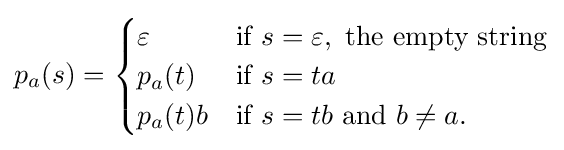
p_{a}(s)={\begin{cases}\varepsilon &{\text{if }}s=\varepsilon ,{\text{ the empty string}}\\p_{a}(t)&{\text{if }}s=ta\\p_{a}(t)b&{\text{if }}s=tb{\text{ and }}b\neq a.\end{cases}}